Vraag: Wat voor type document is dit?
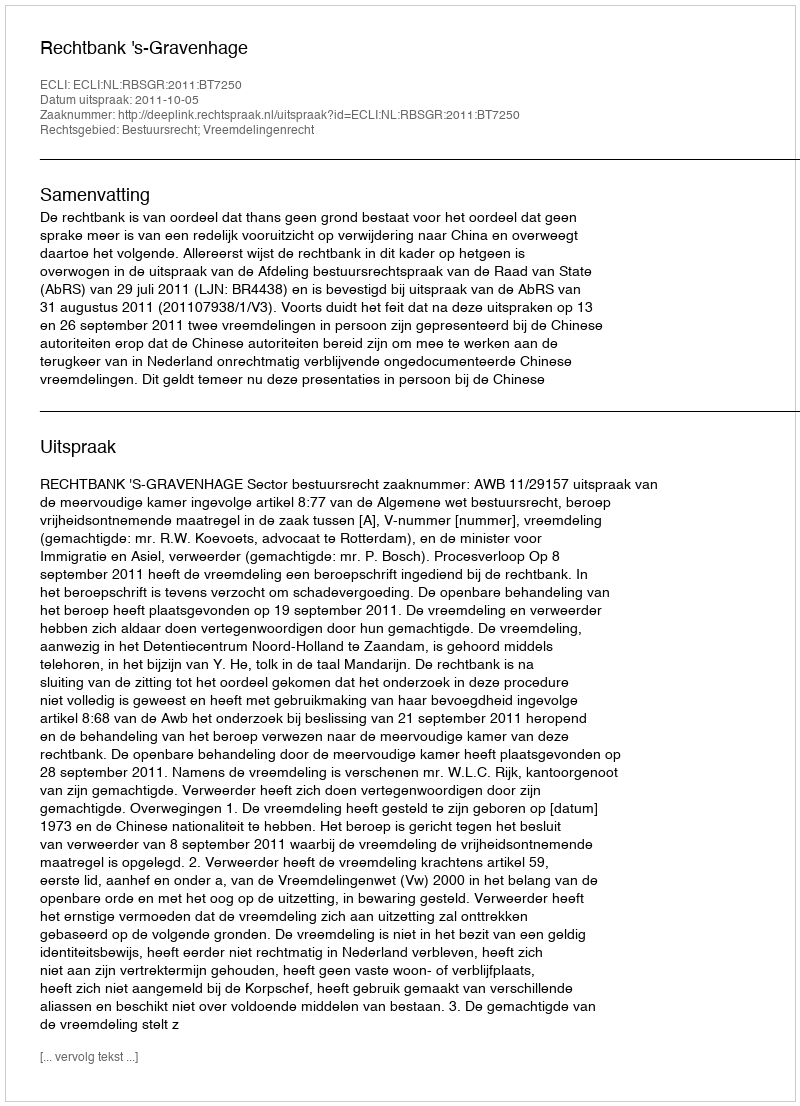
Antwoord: Uitspraak